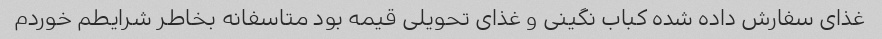
غذای سفارش داده شده کباب نگینی و غذای تحویلی قیمه بود متاسفانه بخاطر شرایطم خوردم